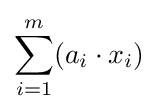
\sum _{i=1}^{m}(a_{i}\cdot x_{i})